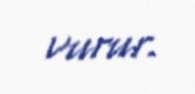
vurur.